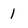
Character: 1